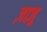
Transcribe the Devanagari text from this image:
ज़ाज़ू